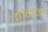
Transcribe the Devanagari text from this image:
ठोकना